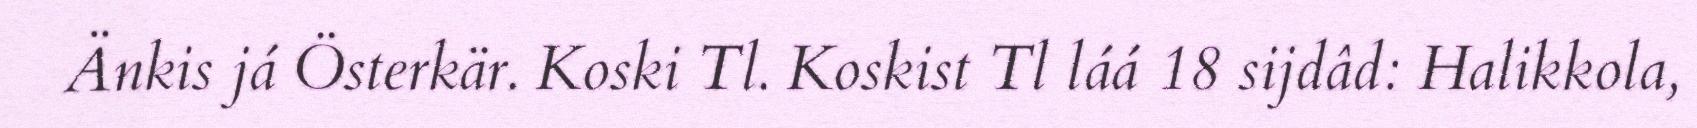
Änkis já Österkär. Koski Tl. Koskist Tl láá 18 sijdâd: Halikkola,